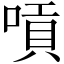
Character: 嗊